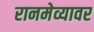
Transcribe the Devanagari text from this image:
रानमेव्यावर